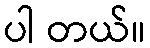
ပါ တယ်။